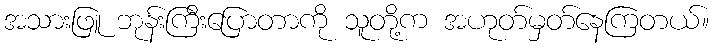
အသားဖြူ ဘုန်းကြီးပြောတာကို သူတို့က အဟုတ်မှတ်နေကြတယ်။